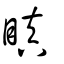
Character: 瞋